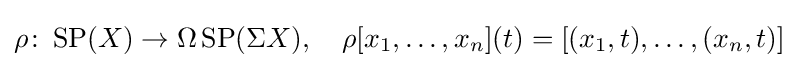
\rho \colon \operatorname {SP} (X)\to \Omega \operatorname {SP} (\Sigma X),\quad \rho [x_{1},\dots ,x_{n}](t)=[(x_{1},t),\dots ,(x_{n},t)]